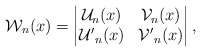
\begin{align*}\mathcal{W}_n(x)=\begin{vmatrix}\mathcal{U}_n(x) & \mathcal{V}_{n}(x)\\\mathcal{U'}_n(x) & \mathcal{V'}_{n}(x)\end{vmatrix},\end{align*}